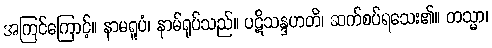
အကြင်ကြောင့်။ နာမရူပံ၊ နာမ်ရုပ်သည်။ ပဋိသန္ဒဟတိ၊ ဆက်စပ်ရသေး၏။ တသ္မာ၊